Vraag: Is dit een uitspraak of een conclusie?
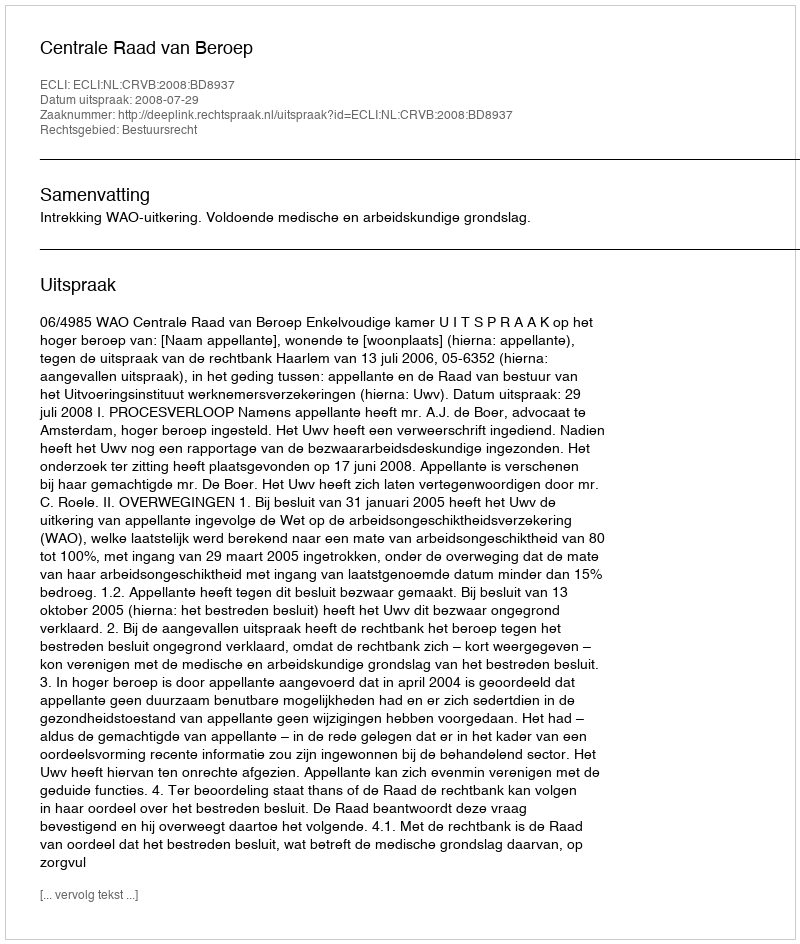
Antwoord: Uitspraak